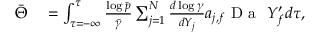
\begin{array} { r l } { \bar { \Theta } } & { { } = \int _ { \tau = - \infty } ^ { \tau } \frac { \log \bar { p } } { \bar { \gamma } } \sum _ { j = 1 } ^ { N } \frac { d \log \gamma } { d Y _ { j } } a _ { j , f } \mathrm { ~ D ~ a ~ } ~ Y _ { f } ^ { \prime } d \tau , } \end{array}